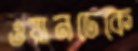
ওয়ানডেকে